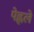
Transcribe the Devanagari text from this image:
पेह्लले